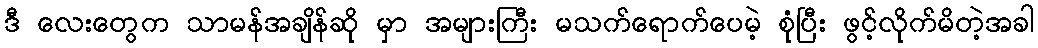
ဒီ လေးတွေက သာမန်အချိန်ဆို မှာ အများကြီး မသက်ရောက်ပေမဲ့ စုံပြီး ဖွင့်လိုက်မိတဲ့အခါ